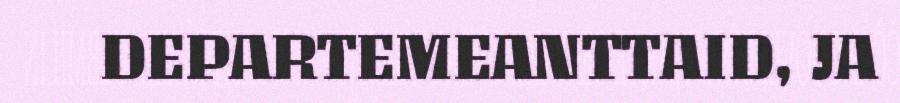
DEPARTEMEANTTAID, JA